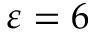
\varepsilon = 6